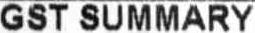
GST SUMMARY